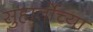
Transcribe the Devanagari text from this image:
सुहार्तोच्या